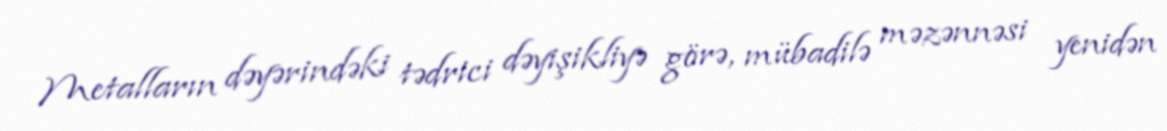
Metalların dəyərindəki tədrici dəyişikliyə görə, mübadilə məzənnəsi yenidən